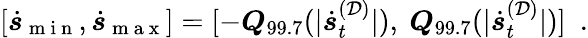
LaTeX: \left[\dot{\boldsymbol{s}}_{\mathrm{~m~i~n~}},\dot{\boldsymbol{s}}_{\mathrm{~m~a~x~}}\right]=[-\boldsymbol{Q}_{99.7}(|\dot{\boldsymbol{s}}_{t}^{(\mathcal{D})}|),~\boldsymbol{Q}_{99.7}(|\dot{\boldsymbol{s}}_{t}^{(\mathcal{D})}|)]\enspace.